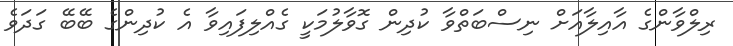
ރިލްވާންގެ އާއިލާއަށް ނިސްބަތްވާ ކުދިން ގޮވާލުމަކީ ގެއްލިފައިވާ އެ ކުދިންގެ ބޭބޭ ގަދަވެ